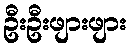
ဦးဦးဖျားဖျား